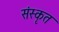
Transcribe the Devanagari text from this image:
संस्‍कृत